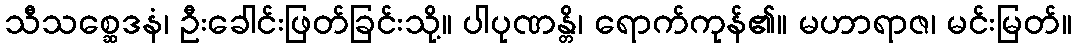
သီသစ္ဆေဒနံ၊ ဦးခေါင်းဖြတ်ခြင်းသို့။ ပါပုဏန္တိ၊ ရောက်ကုန်၏။ မဟာရာဇ၊ မင်းမြတ်။